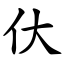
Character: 㐲